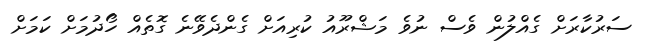
ސަރުކާރަށް ގެއްލުން ވެސް ނުވެ މަޝްރޫއު ކުރިއަށް ގެންދެވޭނެ ގޮތެއް ހޯދުމަށް ކަމަށް